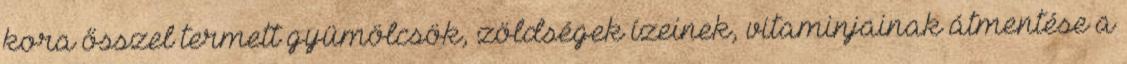
kora ősszel termett gyümölcsök, zöldségek ízeinek, vitaminjainak átmentése a